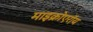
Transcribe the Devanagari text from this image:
माइक्रोएरॉय